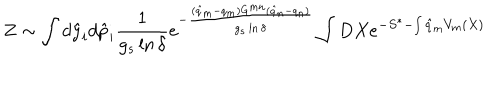
Z \sim \int d { \hat { y } } _ { i } d { \hat { p } } _ { i } \frac { 1 } { g _ { s } \ln \delta } e ^ { - \frac { ( { \hat { q } } _ { m } - q _ { m } ) G ^ { m n } ( { \hat { q } } _ { n } - q _ { n } ) } { g _ { s } \ln \delta } } \int D X e ^ { - S ^ { * } - \int { \hat { q } } _ { m } V _ { m } ( X ) }